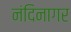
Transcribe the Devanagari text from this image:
नंदिनागर